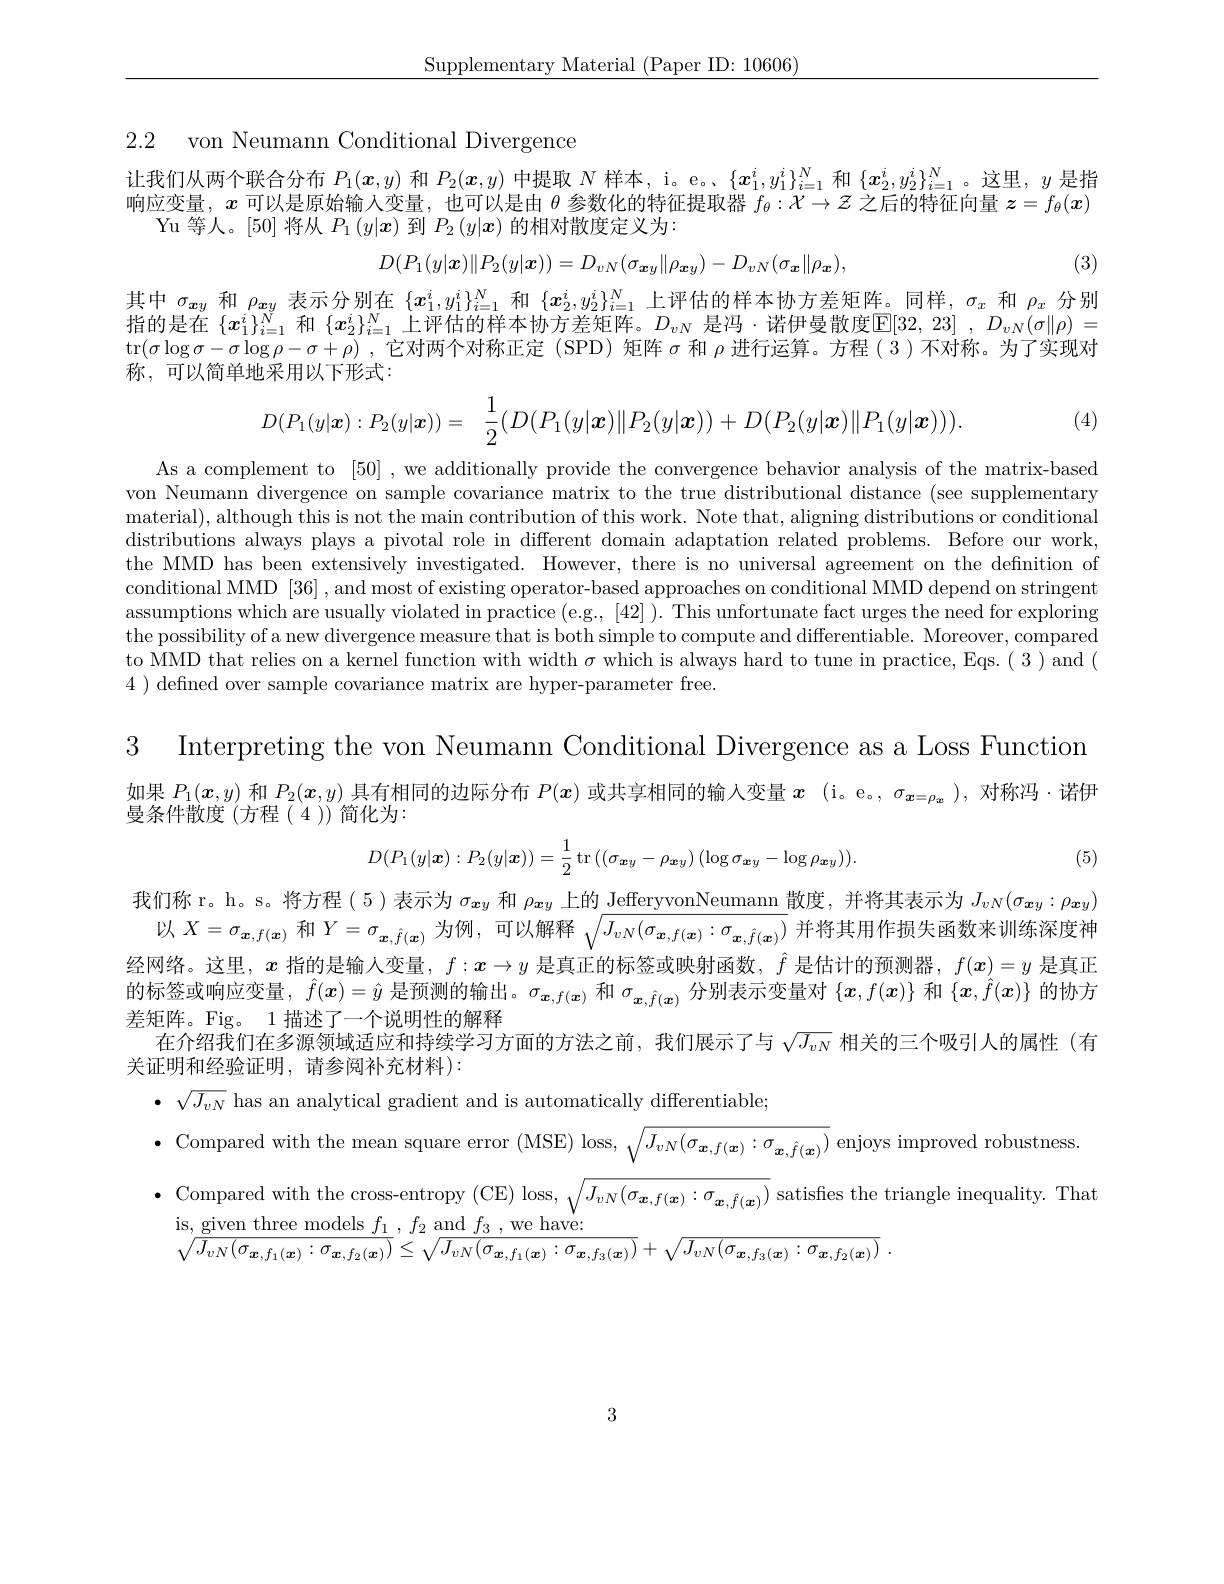
$\underline{{\mathrm{Supplementary~Material~(Paper~ID:~10606)}}}$

2.2 von Neumann Conditional Divergence

让我们从两个联合分布$P_1(\boldsymbol{x},y)$和$P_2(\boldsymbol{x},y)$中提取$N$样本，i。e。$\{\boldsymbol{x}_1^i,y_1^i\}_{i=1}^N$和$\{\boldsymbol{x}_2^i,y_2^i\}_{i=1}^N$。这里，$y$是指响应变量，$x$可以是原始输入变量，也可以是由$\theta$参数化的特征提取器$f_\theta : \mathcal{X} \to \mathcal{Z} \textit{ 之 后 的 特 征 向 量 }z= f_\theta ( x)$
Yu 等人。[50] 将从$P_1\left(y|\boldsymbol{x}\right)$到$P_2\left(y|\boldsymbol{x}\right)$的相对散度定义为：
$$D(P_{1}(y|\boldsymbol{x})\|P_{2}(y|\boldsymbol{x}))=D_{vN}(\sigma_{\boldsymbol{x}y}\|\rho_{\boldsymbol{x}y})-D_{vN}(\sigma_{\boldsymbol{x}}\|\rho_{\boldsymbol{x}}),$$
(3)

其中$\sigma_{\boldsymbol{x}y}$和$\rho_{\boldsymbol{x}y}$表示分别在$\{x_1^i,y_1^i\}_{i=1}^N$和$\{x_2^i,y_2^i\}_{i=1}^N$上评估的样本协方差矩阵。同样，$\sigma_x$和$\rho_x$分别指的是在$\{x_1^i\}_{i=1}^{N}$和$\{x_2^i\}_{i=1}^{N}$上评估的样本协方差矩阵。$D_vN$是冯·诺伊曼散度$\mathbb{E}[32,23],D_vN(\sigma\|\rho)=$ tr$(\sigma\log\sigma-\sigma\log\rho-\sigma+\rho)$ ,它对两个对称正定 (SPD) 矩阵$\sigma$和$\rho$进行运算。方程(3)不对称。为了实现对称，可以简单地采用以下形式：
$$D(P_1(y|\boldsymbol{x}):P_2(y|\boldsymbol{x}))=\quad\dfrac{1}{2}(D(P_1(y|\boldsymbol{x})\|P_2(y|\boldsymbol{x}))+D(P_2(y|\boldsymbol{x})\|P_1(y|\boldsymbol{x}))).$$
(4)

As a complement to [50] , we additionally provide the convergence behavior analysis of the matrix-based von Neumann divergence on sample covariance matrix to the true distributional distance (see supplementary material), although this is not the main contribution of this work. Note that, aligning distributions or conditional distributions always plays a pivotal role in different domain adaptation related problems. Before our work, the MMD has been extensively investigated. However, there is no universal agreement on the definition of conditional MMD [36] , and most of existing operator-based approaches on conditional MMD depend on stringent assumptions which are usually violated in practice (e.g., [42] ). This unfortunate fact urges the need for exploring the possibility of a new divergence measure that is both simple to compute and differentiable. Moreover, compared to MMD that relies on a kernel function with width $\sigma$ which is always hard to tune in practice, Eqs.( 3) and ( 4 ) defned over sample covariance matrix are hyper-parameter free.

3 Interpreting the von Neumann Conditional Divergence as a Loss Function 如果$P_1(\boldsymbol{x},y)$和$P_2(\boldsymbol{x},y)$具有相同的边际分布$P(\boldsymbol{x})$或共享相同的输入变量$x$ (i。e。, $\sigma_{\boldsymbol{x}=\rho_{\boldsymbol{x}}}$ ),对称冯·诺伊曼条件散度(方程(4))简化为：

(5)
$$D(P_{1}(y|\boldsymbol{x}):P_{2}(y|\boldsymbol{x}))=\frac{1}{2}\operatorname{tr}\left((\sigma_{\boldsymbol{x}y}-\rho_{\boldsymbol{x}y})\left(\log\sigma_{\boldsymbol{x}y}-\log\rho_{\boldsymbol{x}y}\right)\right).$$
我们称r。h。s。将方程( 5)表示为$\sigma_{\boldsymbol{x}y}$和$\rho_{\boldsymbol{x}y}$上的$\underline\text{JefferyvonNeumann}$散度，并将其表示为$J_vN(\sigma_{\boldsymbol{x}y}:\rho_{\boldsymbol{x}y})$
以$X=\sigma_{\boldsymbol{x},f(\boldsymbol{x})}$和$Y=\sigma_{\boldsymbol{x},\hat{f}(\boldsymbol{x})}$为例 ,可以解释$\sqrt J_vN(\sigma_{\boldsymbol{x},f(\boldsymbol{x})}:\sigma_{\boldsymbol{x},\hat{f}(\boldsymbol{x})})$并将其用作损失函数来训练深度神经网络。这里，$x$指的是输入变量，$f:x\to y$是真正的标签或映射函数，$\hat{f}$是估计的预测器，$f(\boldsymbol{x})=y$是真正的 标 签 或 响 应 变 量 , $\hat{f} ( x) = \hat{y}$ 是 预 测 的 输 出 。$\sigma _{\boldsymbol{x}, f( \boldsymbol{x}) }$ 和 $\sigma _{\boldsymbol{x}, \hat{f} ( \boldsymbol{x}) }$ 分 别 表 示 变 量 对 $\{ x, f( \boldsymbol{x}) \}$ 和 $\{ \boldsymbol{x}, \hat{f} ( \boldsymbol{x}) \}$ 的 协 方差矩阵。Fig。1 描述了一个说明性的解释
在介绍我们在多源领域适应和持续学习方面的方法之前，我们展示了与$\sqrt{J_{vN}}$相关的三个吸引人的属性(有
关证明和经验证明，请参阅补充材料):
$\bullet$ $\sqrt {J_{vN}}$ has an analytical gradient and is automatically differentiable;
$\bullet$ Compared with the mean square error (MSE) loss, $\sqrt J_vN(\sigma_{\boldsymbol{x},f(\boldsymbol{x})}:\sigma_{\boldsymbol{x},\hat{f}(\boldsymbol{x})})$ enjoys improved robustness.
$\bullet$ Compared with the cross-entropy (CE) loss, $\sqrt J_vN(\sigma_{\boldsymbol{x},f(\boldsymbol{x})}:\sigma_{\boldsymbol{x},\hat{f}(\boldsymbol{x})})$ satisfies the triangle inequality. That
is, given three models $f_1,f_2$ and $f_3$,we have:
$\sqrt {J_{vN}( \sigma _{\boldsymbol{x}, f_{1}( \boldsymbol{x}) }: \sigma _{\boldsymbol{x}, f_{2}( \boldsymbol{x}) }) }\leq \sqrt {J_{vN}( \sigma _{\boldsymbol{x}, f_{1}( \boldsymbol{x}) }: \sigma _{\boldsymbol{x}, f_{3}( \boldsymbol{x}) }) }+ \sqrt {J_{vN}( \sigma _{\boldsymbol{x}, f_{3}( \boldsymbol{x}) }: \sigma _{\boldsymbol{x}, f_{2}( \boldsymbol{x}) }) }$ .

3